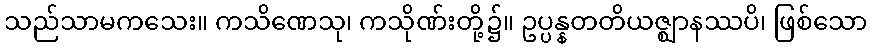
သည်သာမကသေး။ ကသိဏေသု၊ ကသိုဏ်းတို့၌။ ဥပ္ပန္နတတိယဇ္ဈာနဿပိ၊ ဖြစ်သော